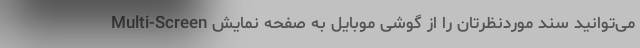
Multi-Screen می‌توانید سند موردنظرتان را از گوشی موبایل به صفحه نمایش